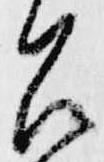
召